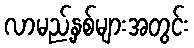
လာမည့်နှစ်များအတွင်း